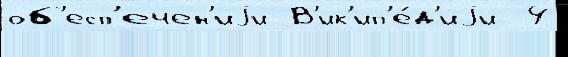
об'есп'ечен'иjи В'ик'ип'е́д'иjи  4